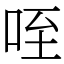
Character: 咥